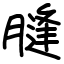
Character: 膖